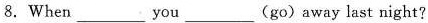
8.When___you___(go)away last night?